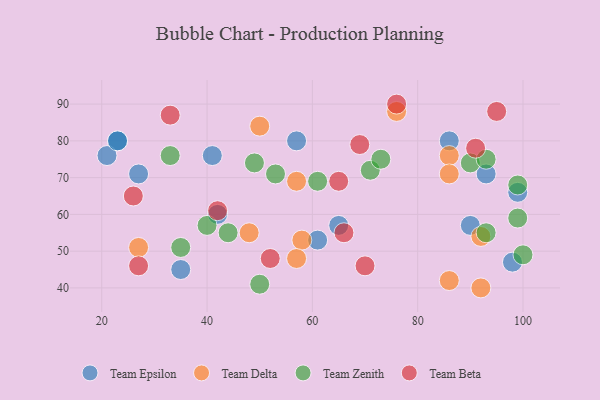
{"axis": {"x": "GDP", "y": "Life Expectancy"}, "legend": ["Team Beta", "Team Delta", "Team Epsilon", "Team Zenith"], "data": [{"x": "42", "y": 60, "type": "Team Epsilon"}, {"x": "23", "y": 80, "type": "Team Epsilon"}, {"x": "21", "y": 76, "type": "Team Epsilon"}, {"x": "27", "y": 71, "type": "Team Epsilon"}, {"x": "35", "y": 45, "type": "Team Epsilon"}, {"x": "41", "y": 76, "type": "Team Epsilon"}, {"x": "99", "y": 66, "type": "Team Epsilon"}, {"x": "65", "y": 57, "type": "Team Epsilon"}, {"x": "57", "y": 80, "type": "Team Epsilon"}, {"x": "61", "y": 53, "type": "Team Epsilon"}, {"x": "93", "y": 71, "type": "Team Epsilon"}, {"x": "23", "y": 80, "type": "Team Epsilon"}, {"x": "86", "y": 80, "type": "Team Epsilon"}, {"x": "98", "y": 47, "type": "Team Epsilon"}, {"x": "90", "y": 57, "type": "Team Epsilon"}, {"x": "86", "y": 42, "type": "Team Delta"}, {"x": "50", "y": 84, "type": "Team Delta"}, {"x": "48", "y": 55, "type": "Team Delta"}, {"x": "58", "y": 53, "type": "Team Delta"}, {"x": "86", "y": 76, "type": "Team Delta"}, {"x": "92", "y": 40, "type": "Team Delta"}, {"x": "86", "y": 71, "type": "Team Delta"}, {"x": "57", "y": 69, "type": "Team Delta"}, {"x": "92", "y": 54, "type": "Team Delta"}, {"x": "76", "y": 88, "type": "Team Delta"}, {"x": "57", "y": 48, "type": "Team Delta"}, {"x": "27", "y": 51, "type": "Team Delta"}, {"x": "99", "y": 59, "type": "Team Zenith"}, {"x": "35", "y": 51, "type": "Team Zenith"}, {"x": "61", "y": 69, "type": "Team Zenith"}, {"x": "49", "y": 74, "type": "Team Zenith"}, {"x": "71", "y": 72, "type": "Team Zenith"}, {"x": "33", "y": 76, "type": "Team Zenith"}, {"x": "93", "y": 55, "type": "Team Zenith"}, {"x": "53", "y": 71, "type": "Team Zenith"}, {"x": "100", "y": 49, "type": "Team Zenith"}, {"x": "40", "y": 57, "type": "Team Zenith"}, {"x": "99", "y": 68, "type": "Team Zenith"}, {"x": "90", "y": 74, "type": "Team Zenith"}, {"x": "50", "y": 41, "type": "Team Zenith"}, {"x": "73", "y": 75, "type": "Team Zenith"}, {"x": "93", "y": 75, "type": "Team Zenith"}, {"x": "44", "y": 55, "type": "Team Zenith"}, {"x": "69", "y": 79, "type": "Team Beta"}, {"x": "42", "y": 61, "type": "Team Beta"}, {"x": "66", "y": 55, "type": "Team Beta"}, {"x": "95", "y": 88, "type": "Team Beta"}, {"x": "26", "y": 65, "type": "Team Beta"}, {"x": "27", "y": 46, "type": "Team Beta"}, {"x": "76", "y": 90, "type": "Team Beta"}, {"x": "70", "y": 46, "type": "Team Beta"}, {"x": "52", "y": 48, "type": "Team Beta"}, {"x": "33", "y": 87, "type": "Team Beta"}, {"x": "65", "y": 69, "type": "Team Beta"}, {"x": "91", "y": 78, "type": "Team Beta"}]}